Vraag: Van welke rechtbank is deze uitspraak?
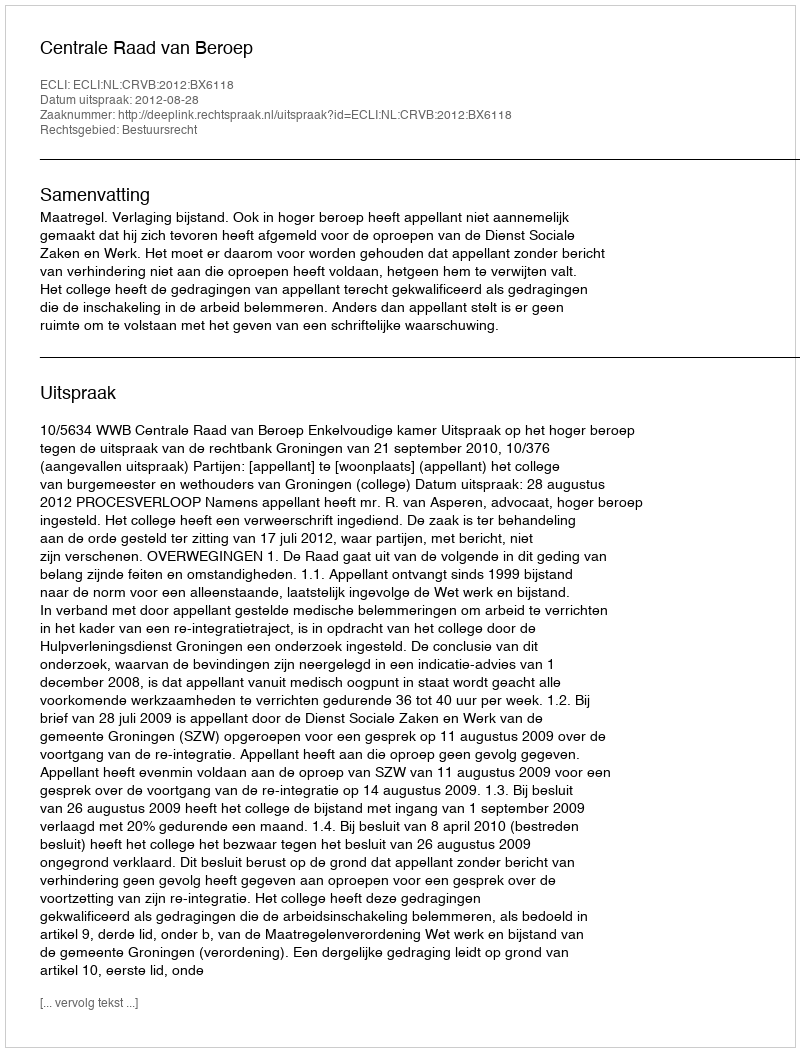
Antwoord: Centrale Raad van Beroep